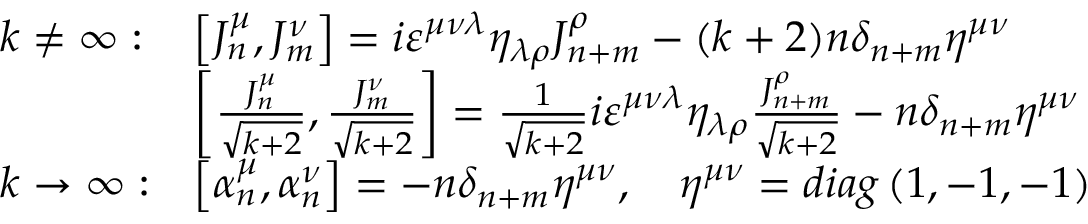
\begin{array} { l l } { { k \neq \infty : } } & { { \left[ J _ { n } ^ { \mu } , J _ { m } ^ { \nu } \right] = i \varepsilon ^ { \mu \nu \lambda } \eta _ { \lambda \rho } J _ { n + m } ^ { \rho } - ( k + 2 ) n \delta _ { n + m } \eta ^ { \mu \nu } } } \\ { { } } & { { \left[ \frac { J _ { n } ^ { \mu } } { \sqrt { k + 2 } } , \frac { J _ { m } ^ { \nu } } { \sqrt { k + 2 } } \right] = \frac 1 { \sqrt { k + 2 } } i \varepsilon ^ { \mu \nu \lambda } \eta _ { \lambda \rho } \frac { J _ { n + m } ^ { \rho } } { \sqrt { k + 2 } } - n \delta _ { n + m } \eta ^ { \mu \nu } } } \\ { { k \rightarrow \infty : } } & { { \left[ \alpha _ { n } ^ { \mu } , \alpha _ { n } ^ { \nu } \right] = - n \delta _ { n + m } \eta ^ { \mu \nu } , \quad \eta ^ { \mu \nu } = d i a g \left( 1 , - 1 , - 1 \right) } } \end{array}